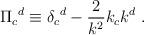
LaTeX: \begin{align*}\Pi _c{}^d \equiv \delta _c{}^d - {2\over k^2}k_ck^d \ .\end{align*}